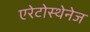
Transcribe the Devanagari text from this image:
एरेटोस्थेनेज